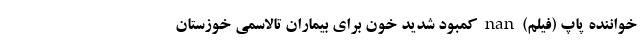
خواننده پاپ (فیلم) nan کمبود شدید خون برای بیماران تالاسمی خوزستان